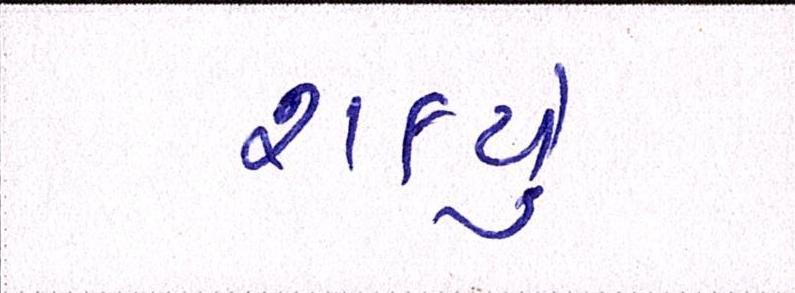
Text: શકયું